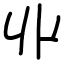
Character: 丱